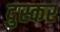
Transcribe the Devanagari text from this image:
दुस्कर